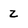
Character: z